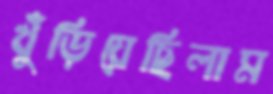
খুঁড়িয়েছিলাম